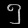
Digit: ၅